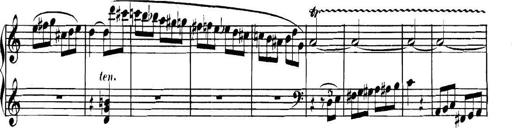
Title: Collected Piano Sonatas
Composer: Muzio Clementi